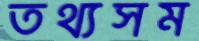
তথ্যসম